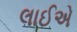
લાઈએ